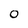
Character: 0